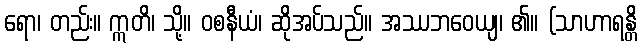
ရော၊ တည်း။ ဣတိ၊ သို့။ ဝစနီယံ၊ ဆိုအပ်သည်။ အဿဘဝေယျ၊ ၏။ (သာဟာရန္တိ